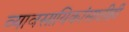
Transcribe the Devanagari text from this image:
व्यावसायिकांसाठीही